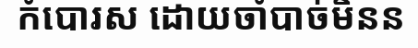
កំបោរស ដោយចាំបាច់មិនន